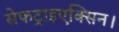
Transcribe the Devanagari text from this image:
सेफट्राइएक्सिन।